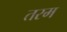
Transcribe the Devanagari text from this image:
तरम